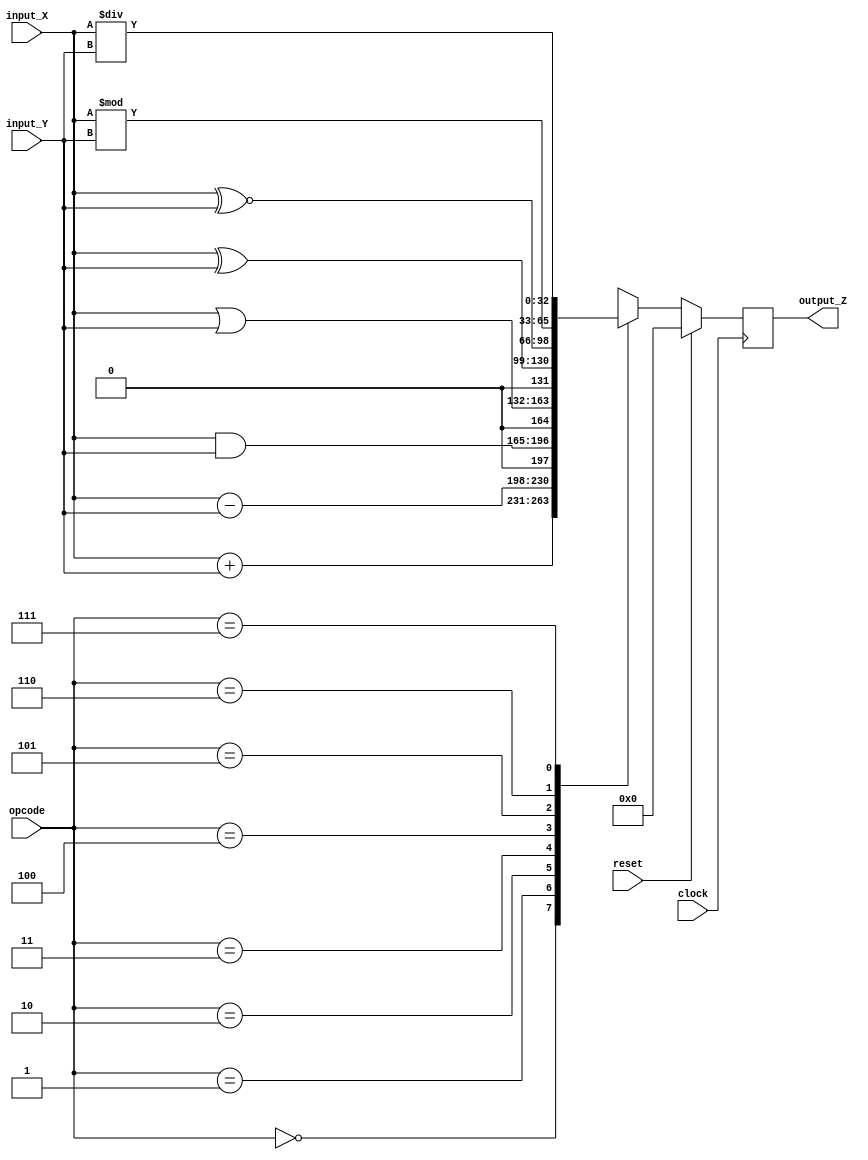
module alu_test_verilog( input_X,  input_Y,  opcode,  clock, reset, output_Z);
	
	parameter Data_width=32;//building system as 32bits;
	
	input [Data_width-1:0]  input_X,input_Y;	// define two input;
	input         clock;   //define clock;
	input         reset;			//define reset;
	input [2:0]   opcode;			//define operation code;
	
	
	
	output reg [Data_width:0] output_Z;
	

	
	reg [Data_width:0] mux ;   //multiplexer;
	
	
	//designing ALU
		
		
		always@( input_X,  input_Y,  opcode,  clock, reset)
		begin
		case (opcode)
		
		
			3'b000 : mux <= input_X +  input_Y; //plus;
			3'b001 : mux <= input_X -  input_Y; //minus;
			3'b010 : mux <= input_X &  input_Y; //and;
			3'b011 : mux <= input_X |  input_Y; //or;
			3'b100 : mux <= input_X ^  input_Y; //XOR;
			3'b101 : mux <= input_X ^~ input_Y; //XNOR;
			3'b110 : mux <= input_X %  input_Y; //modules;
			3'b111 : mux <= input_X /  input_Y; //divide;
			
		
		
			endcase
		end
		
		always@(posedge clock)
			
			if (reset) begin
				output_Z=0;
				end
				
				
			else begin
			  output_Z =mux;
			
				end
			
endmodule